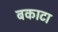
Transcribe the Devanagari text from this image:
बकाटा